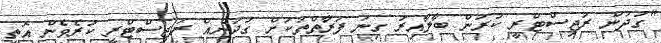
"ގުދަން ރަޖިސްޓްރީ ކުރަން ބާލާއިރު ގިނަ ފަރާތްތަކަށް ގުދަނެއް ރަޖިސްޓްރީ ކުރެވެން އޮތީ